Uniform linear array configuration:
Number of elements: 32
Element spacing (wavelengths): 0.75
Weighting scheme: binomial
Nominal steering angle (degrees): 15
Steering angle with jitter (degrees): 15.564
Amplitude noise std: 0.05
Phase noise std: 0.05

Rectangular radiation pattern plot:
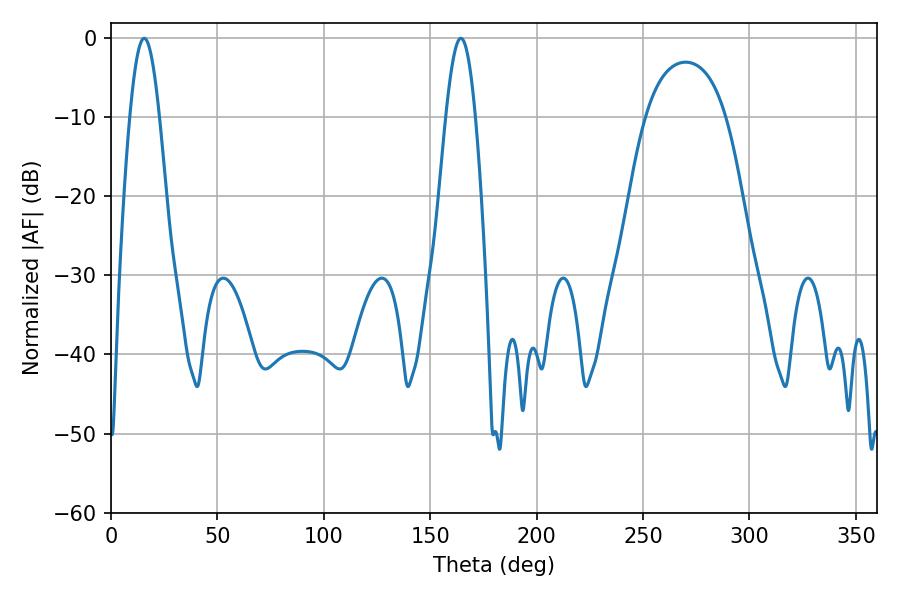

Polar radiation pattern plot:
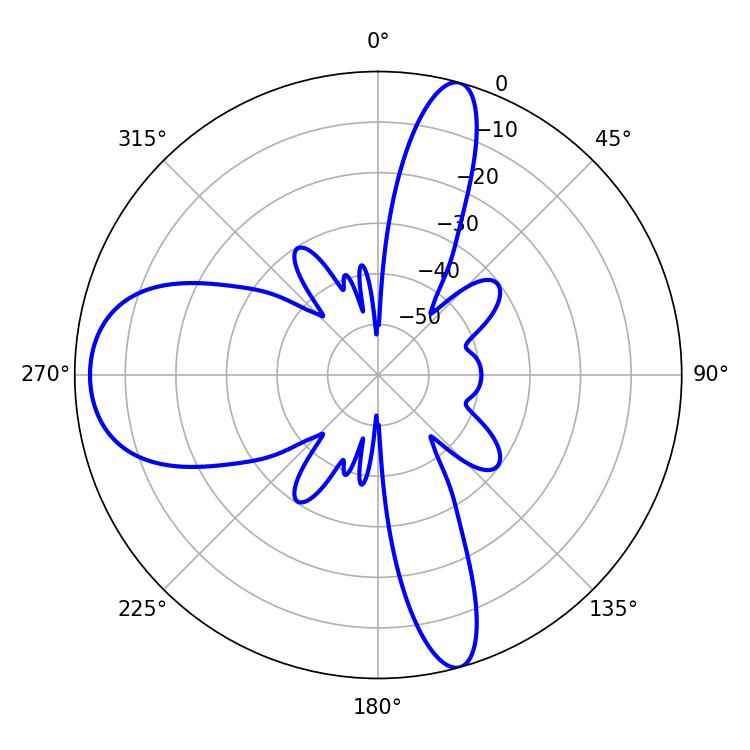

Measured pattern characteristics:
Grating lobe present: TRUE
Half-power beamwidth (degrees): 7.56
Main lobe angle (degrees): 15.66